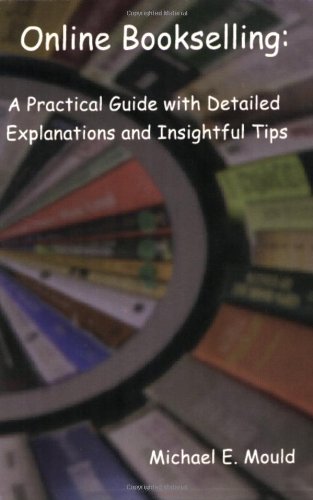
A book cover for Online Bookselling: A Practical Guide with Detailed Explanations and Insightful Tips; Michael E. Mould; Computers & Technology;